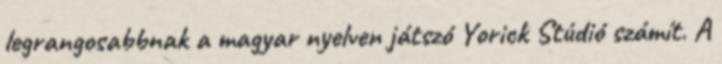
legrangosabbnak a magyar nyelven játszó Yorick Stúdió számít. A